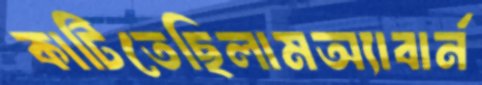
কাটিতেছিলামঅ্যাবার্ন